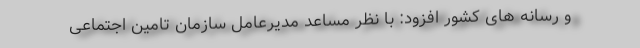
و رسانه های کشور افزود: با نظر مساعد مدیرعامل سازمان تامین اجتماعی